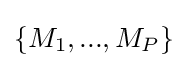
\{M_{1},...,M_{P}\}